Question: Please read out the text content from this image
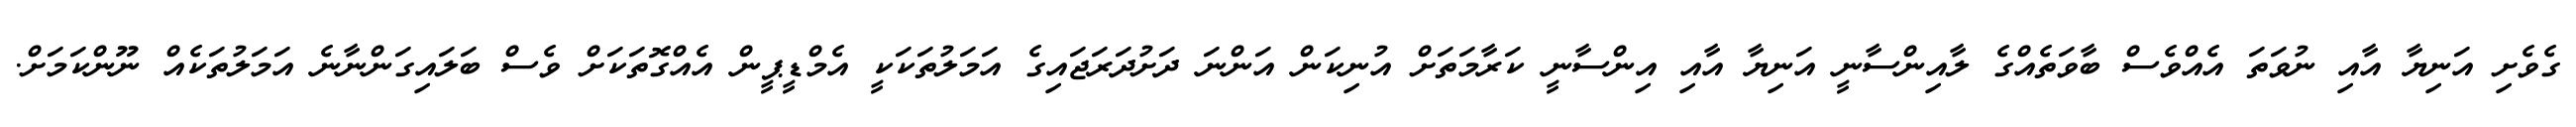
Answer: ގެވެށި އަނިޔާ އާއި ނުވަތަ އެއްވެސް ބާވަތެއްގެ ލާއިންސާނީ އަނިޔާ އާއި އިންސާނީ ކަރާމަތަށް އުނިކަން އަންނަ ދަށުދަރަޖައިގެ އަމަލުތަކަކީ އެމްޑީޕީން އެއްގޮތަކަށް ވެސް ބަލައިގަންނާނެ އަމަލުތަކެއް ނޫންކަމަށް.